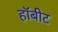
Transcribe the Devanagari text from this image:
हॉबीट